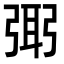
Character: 㢽